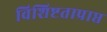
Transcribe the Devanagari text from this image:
विशिष्टताप्राप्त